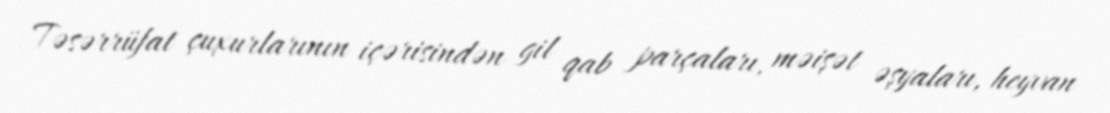
Təsərrüfat çuxurlarının içərisindən gil qab parçaları, məişət əşyaları, heyvan